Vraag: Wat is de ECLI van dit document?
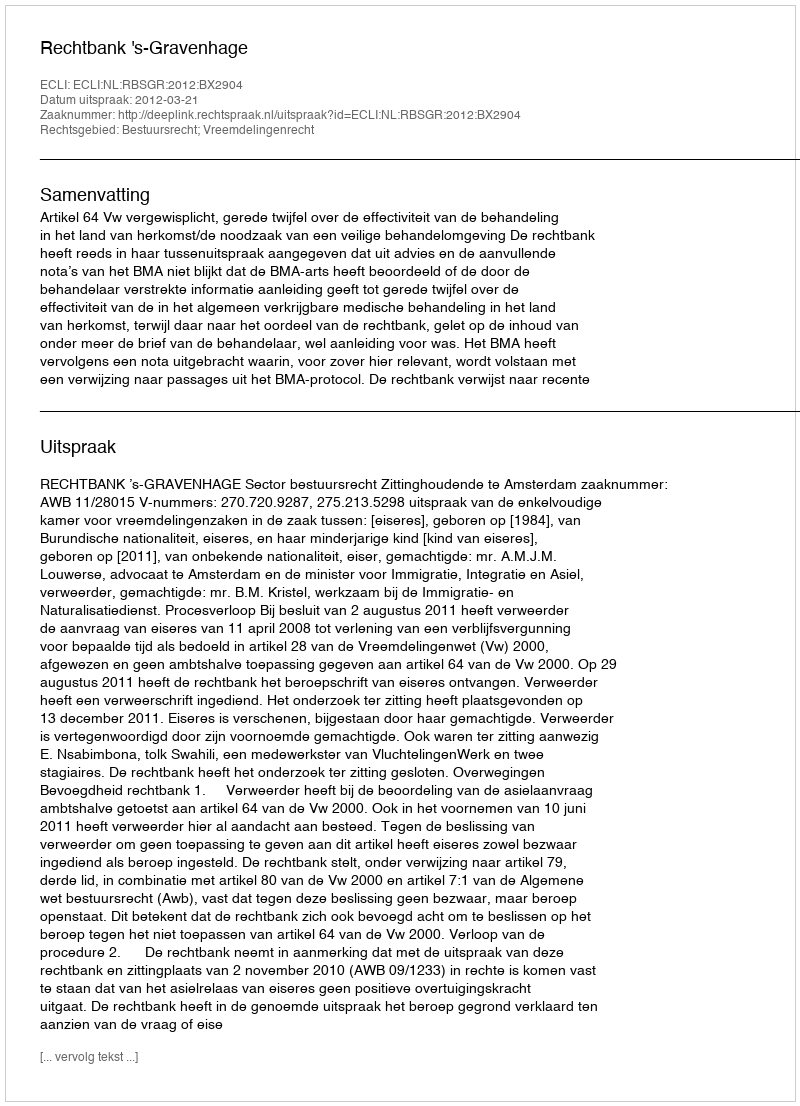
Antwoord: ECLI:NL:RBSGR:2012:BX2904